Report of the Indian Hemp Drugs Commission, 1894-1895 - Volume VI
Year: 1894
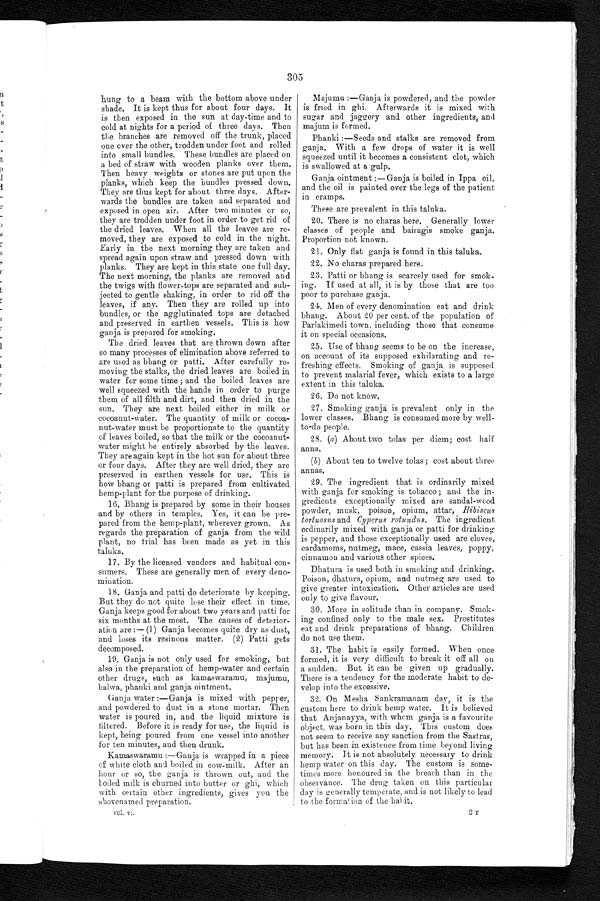
vol. vi.
2 T
305
hung to a beam with the bottom above under
<br/>shade. It is kept thus for about four days. It
<br/>is then exposed in the sun at day-time and to
<br/>cold at nights for a period of three days. Then
<br/>the branches are removed off the trunk, placed
< b r / > o n e o v e r t h e o t h e r , t r o d d e n u n d e r f o o t a n d r o l l e d < b r / >
into small bundles. These bundles are placed on<br/>
a bed of straw with wooden planks over them.
<br/>Then heavy weights or stones are put upon the
<br/>planks, which keep the bundles pressed down.
<br/>They are thus kept for about three days. After-<br/>-
wards the bundles are taken and separated and<br/>
exposed in open air. After two minutes or so,
<br/>they are trodden under foot in order to get rid of
<br/>the dried leaves. When all the leaves are re-<br/>-
moved, they are exposed to cold in the night.
<br/>Early in the next morning they are taken and
<br/>spread again upon straw and pressed down with
<br/>planks. They are kept in this state one full day.
< b r / > T h e n e x t m o r n i n g , t h e p l a n k s a r e r e m o v e d a n d < b r / >
the twigs with flower-tops are separated and sub-
-<br/>jected to gentle shaking, in order to rid off the
<br/>leaves, if any. Then they are rolled up into
< b r / > b u n d l e s , o r t h e a g g l u t i n a t e d t o p s a r e d e t a c h e d < b r / >
and preserved in earthen vessels. This is how
< b r / > g a n j a i s p r e p a r e d f o r s m o k i n g .
The dried leaves that are thrown down after
<br/>so many processes of elimination above referred to
<br/>are used as bhang or patti. After carefully re-<br/>-
moving the stalks, the dried leaves are boiled in
<br/>water for some time ; and the boiled leaves are
<br/>well squeezed with the hands in order to purge
<br/>them of all filth and dirt, and then dried in the
<br/>sun. They are next boiled either in milk or
<br/>cocoanut-water. The quantity of milk or cocoa-<br/>-
nut-water must be proportionate to the quantity
<br/>of leaves boiled, so that the milk or the cocoanut-
<br/>water might he entirely absorbed by the leaves.
<br/>They are again kept in the hot sun for about three
<br/>or four days. After they are well dried, they are
<br/>preserved in earthen vessels for use. This is
<br/>how bhang or patti is prepared from cultivated
<br/>hemp-plant for the purpose of drinking.
16. Bhang is prepared by some in their houses
<br/>and by others in temples. Yes, it can be pre-
-<br/>pared from the hemp-plant, wherever grown. As
<br/>regards the preparation of ganja from the wild
<br/>plant, no trial has been made as yet in this
< b r / > t a l u k a .
17. By the licensed vendors and habitual con-
<br/>sumers. These are generally men of every deno-<br/>-
mination.
18. Ganja and patti do deteriorate by keeping.
<br/>But they do not quite lose their effect in time.
<br/>Ganja keeps good for about two years and patti for
<br/>six months at the most. The causes of deterior-<br/>-
ation are :— (1) Ganja becomes quite dry as dust,
<br/>and loses its resinous matter. (2) Patti gets
<br/>decomposed.
19. Ganja is not only used for smoking, but
<br/>also in the preparation of hemp-water and certain
<br/>other drugs, such as kamaswaramu, majumu,
< b r / > h a l w a , p h a n k i a n d g a n j a o i n t m e n t .
Ganja water :—Ganja is mixed with pepper,
<br/>and powdered to dust in a stone mortar. Then<br/>water is poured in, and the liquid mixture is
<br/>filtered. Before it is ready for use, the liquid is
<br/>kept, being poured from one vessel into another
< b r / > f o r t e n m i n u t e s , a n d t h e n d r u n k .
Kamaswaramu :—Ganja is wrapped in a piece
<br/>of white cloth and boiled in cow-milk. After an
<br/>hour or so, the ganja is thrown out, and the
<br/>boiled milk is churned into butter or ghi, which
<br/>with certain other ingredients, gives you the
< b r / > a b o v e n a m e d p r e p a r a t i o n .
Majumu :—Ganja is powdered, and the powder
<br/>is fried in Afterwards it is mixed with
<br/>sugar and jaggery and other ingredients, and
< b r / > m a j u m i s f o r m e d .
Phanki :—Seeds and stalks are removed from
<br/>ganja. With a few drops of water it is well
<br/>squeezed until it becomes a consistent clot, which
< b r / > i s s w a l l o w e d a t a g u l p .
Ganja ointment :—Ganja is boiled in Ippa oil,
<br/>and the oil is painted over the legs of the patient
< b r / > i n c r a m p s .
These are prevalent in this taluka.
20. There is no charas here, Generally lower
<br/>classes of people and bairagis smoke ganja.
<br/>Proportion not known.
21. Only flat ganja is found in this taluka.
22. No charas prepared here.
23. Patti or bhang is scarcely used for smok-
<br/>ing. If used at all, it is by those that are too
<br/>poor to purchase ganja.
24. Men of every denomination eat and drink
<br/>bhang. About 20 per cent. of the population of
<br/>Parlakimedi town, including those that consume
<br/>it on special occasions.
25. Use of bhang seems to be on the increase,
<br/>on account of its supposed exhilarating and re-<br/>-
freshing effects. Smoking of ganja is supposed
<br/>to prevent malarial fever, which exists to a large
<br/>extent in this taluka.
26. Do not know.
27. Smoking ganja is prevalent only in the
<br/>lower classes. Bhang is consumed more by well-
<br/>to-do people.
28. (a) About two tolas per diem; cost half
< b r / > a n n a .
(b) About ten to twelve tolas; cost about three
<br/>annas.
29. The ingredient that is ordinarily mixed
<br/>with ganja for smoking is tobacco; and the in-<br/>-
gredients exceptionally mixed are sandal-wood
<br/>powder, musk, poison, opium, attar, .Hibiscus
<br/>tortuosus and Cyperus rotundas. The ingredient
<br/>ordinarily mixed with ganja or patti for drinking
<br/>is pepper, and those exceptionally used are cloves,
<br/>cardamoms, nutmeg, mace, cassia leaves, poppy,<br/>
cinnamon and various other spices.
Dhatura is used both in smoking and drinking.
<br/>Poison, dhatura, opium, and nutmeg are used to
<br/>give greater
intoxication. Other articles are used
<br/>only to give flavour.
30. More in solitude than in company. Smok-
<br/>ing confined only to the male sex. Prostitutes
<br/>eat and drink preparations of bhang. Children
<br/>do not use them.
31. The habit is easily formed. When once
<br/>formed, it is very difficult to break it off all on
<br/>a sudden. But it can be given up gradually.
<br/>There is a tendency for the moderate habit to de-
-<br/>velop into the excessive
.
32. On Mesha Sankramanam day, it is the
<br/>custom-here to drink hemp water. It is believe
d<br/>that Anjanayya, with whom ganja is a favourite
<br/>object, was born in this day. This custom does
<br/>not seem to receive any sanction from the Sastras,
<br/>but has been in existence from time beyond living
<br/>memory. It is not absolutely necessary to drink
<br/>hemp water on this day. The custom is some-
-<br/>times more honoured in the breach than in the<br/>
observance. The drug taken on this particular
<br/>day is generally temperate, and is not likely to lead
<br/>to the formation of the habit.